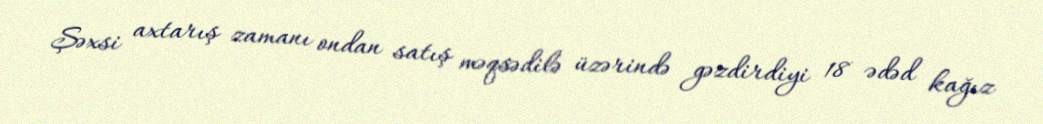
Şəxsi axtarış zamanı ondan satış məqsədilə üzərində gəzdirdiyi 18 ədəd kağız